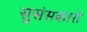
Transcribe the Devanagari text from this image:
सुसंसकारों